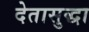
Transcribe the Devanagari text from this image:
देतासुद्धा